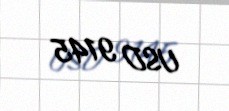
USD 9145